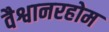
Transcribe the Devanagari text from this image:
वैश्वानरहोम